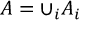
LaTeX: A = \cup _ { i } A _ { i }